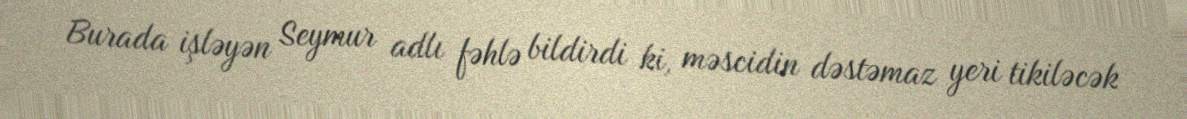
Burada işləyən Seymur adlı fəhlə bildirdi ki, məscidin dəstəmaz yeri tikiləcək